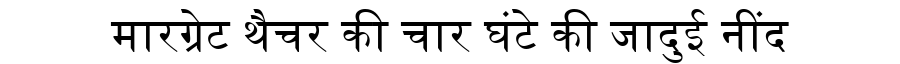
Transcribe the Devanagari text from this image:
मारग्रेट थैचर की चार घंटे की जादुई नींद